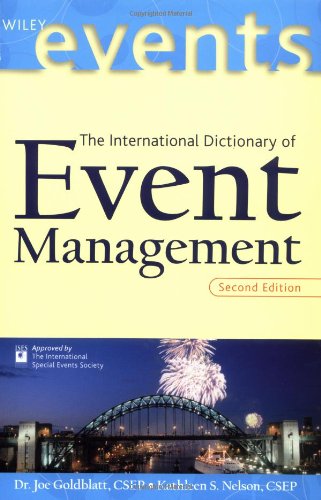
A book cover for The International Dictionary of Event Management; Business & Money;